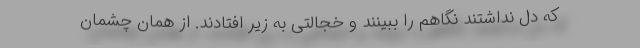
که دل نداشتند نگاهم را ببینند و خجالتی به زیر افتادند. از همان چشمان